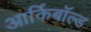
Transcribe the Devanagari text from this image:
आर्किबॉल्ड